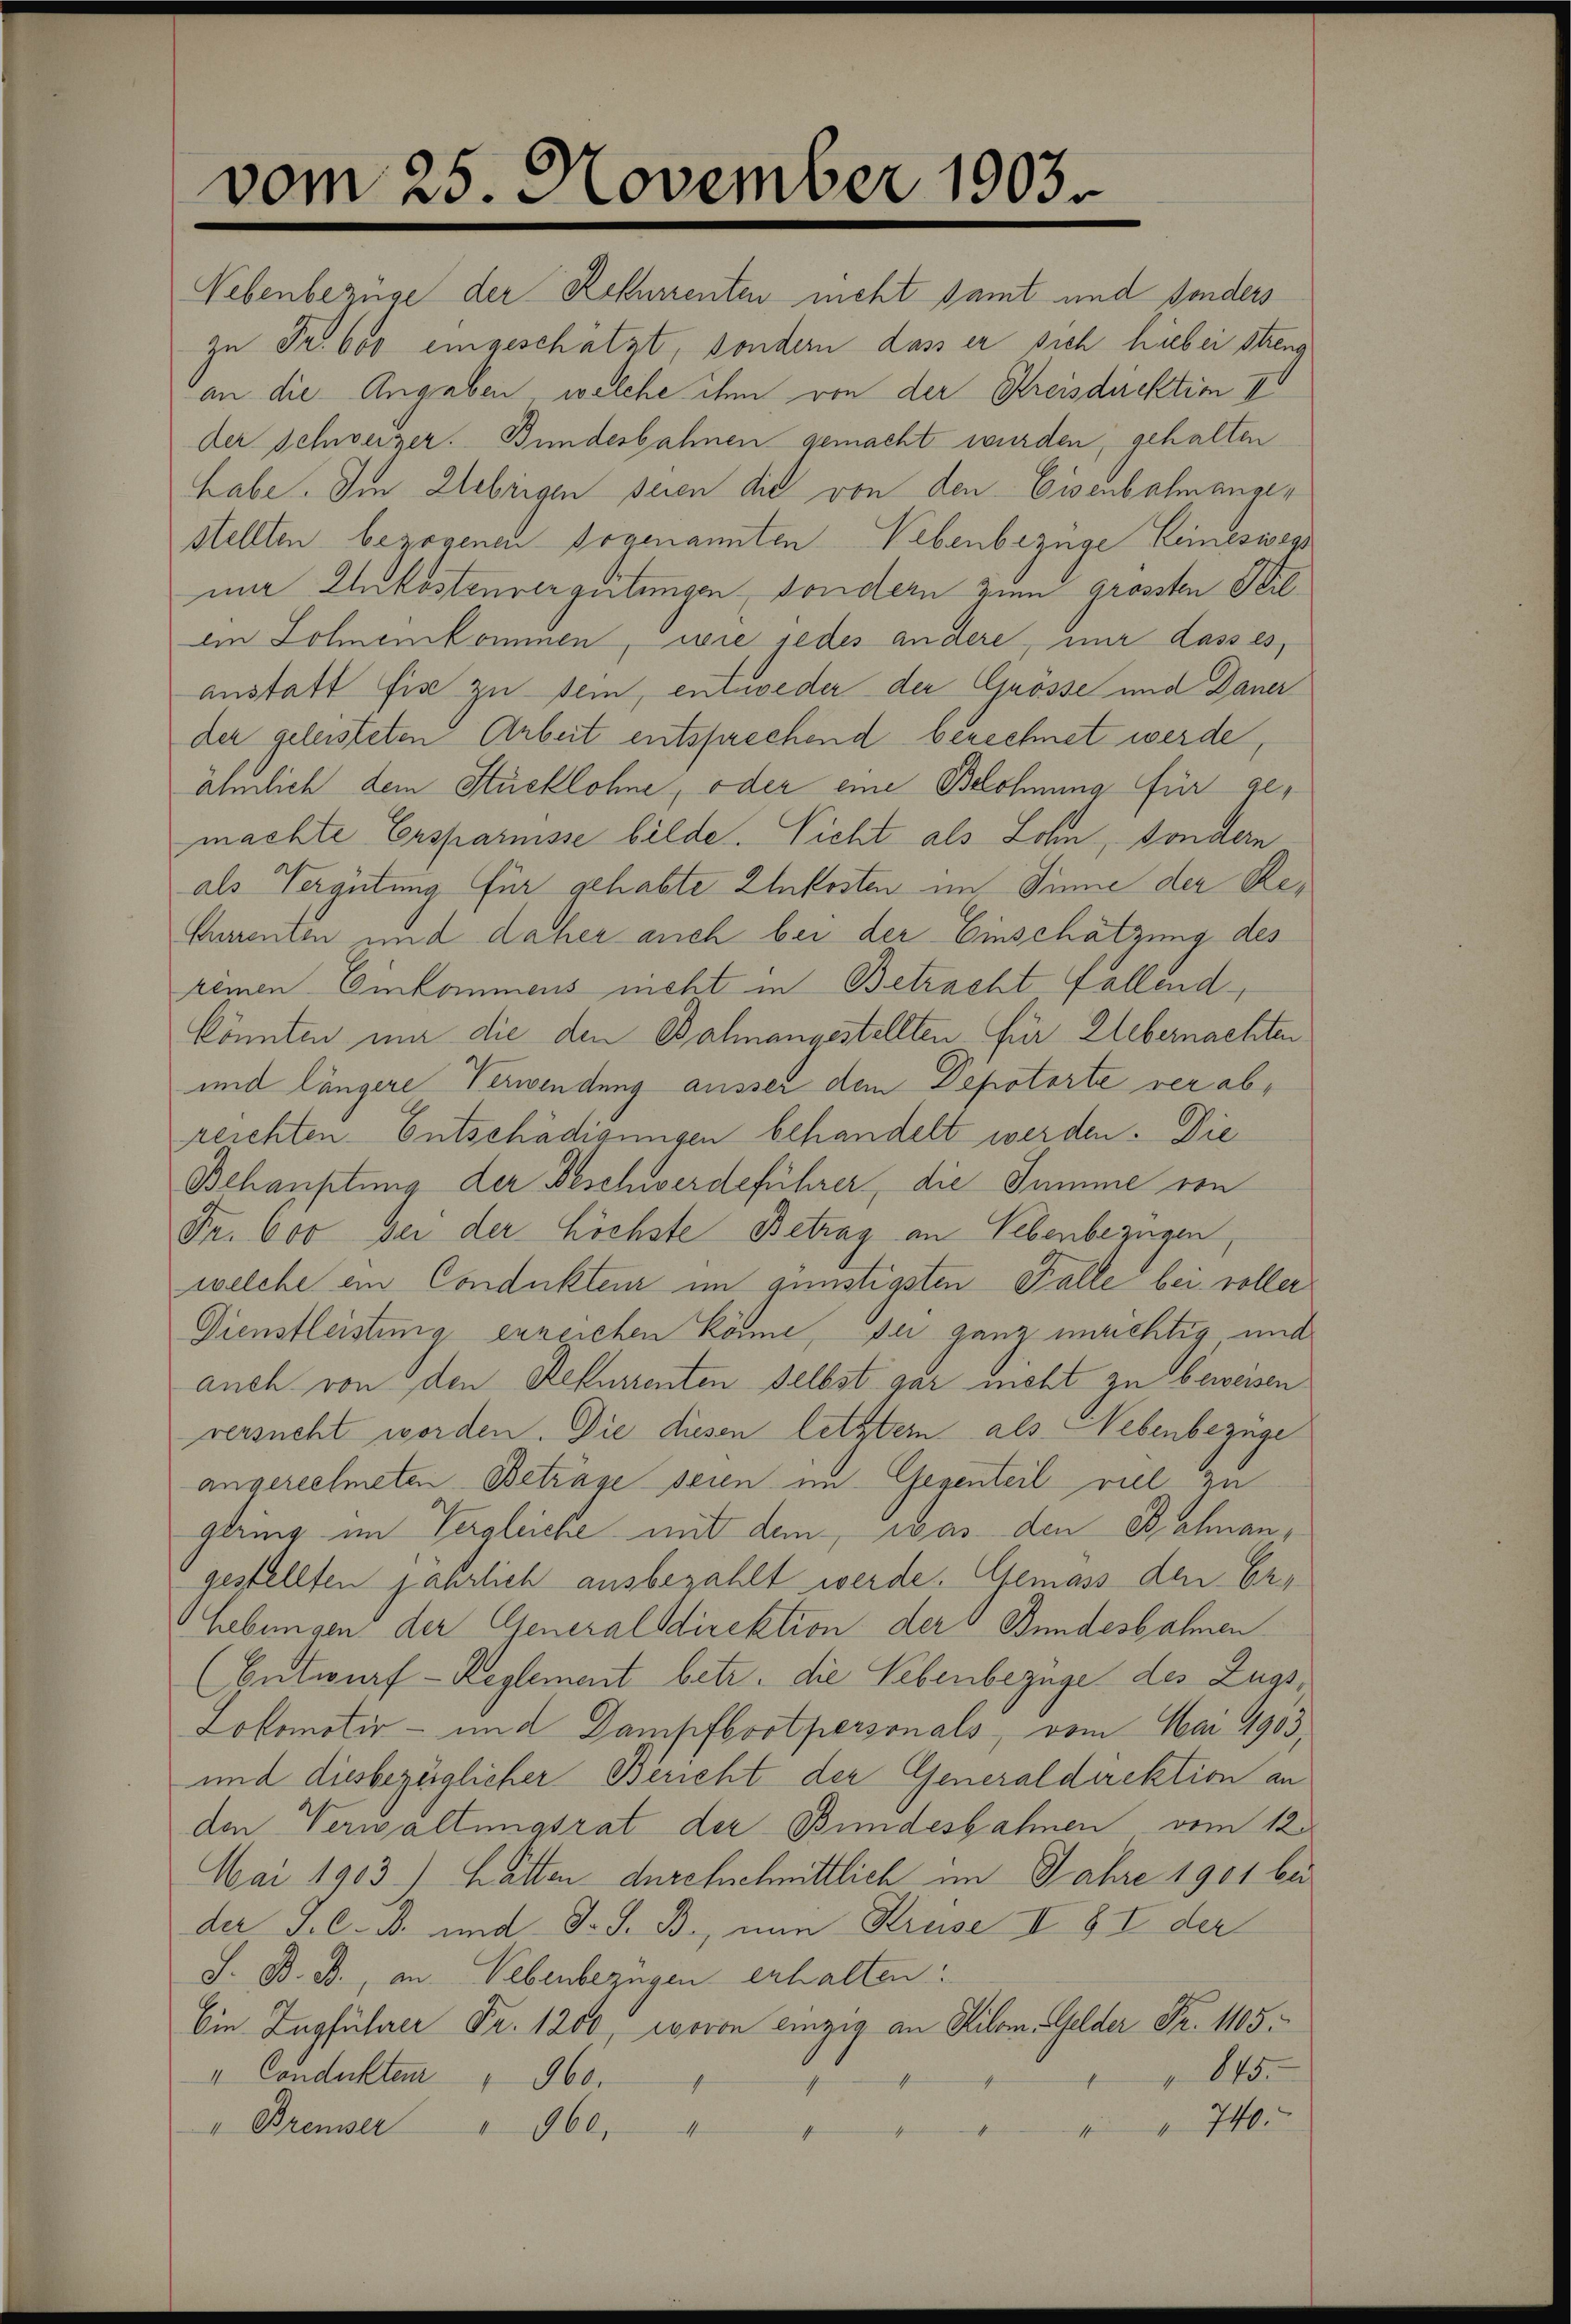
vom 25. November 1903.

Nebenbezüge der Rekurrenten nicht samt und sonders
zu Fr. 600 eingeschätzt, sondern dass er sich hiebei streng
an die Angaben, welche ihm von der Kreisdirektion p
Der Schweizer. Bunderbahnen gemacht wurden, gehalten
habe. Im Uebrigen seien die von den Eisenbahnangestellten bezogenen sogenannten Nebenbezüge Leineswegs
mir Unkostenvergütungen, sondern zum grössten Stilan Sohnenkommen, wie jedes andere, nur dasses,
anstatt fise zu sein, entweder der Grösse und Dauer
der geleisteten Arbeit entsprechend berechnet werde
ähmlich dem Stucklohne, oder eine Belohnung für gemachte Ersparnisse bilde. Vicht als Lohn, sondern
als Vergütung für gehabte Zukosten im Sinne der Re¬
Ehmenten und daher auch bei der Einschätzung des
remen Einkommens nicht in Betracht fallend
könnten mir die den Balmangestellten. Für Lebernachten
und längere Verwendung ausser dem Depotorte verabreichten Entschädigungen behandelt werden. Die
Behauptung der Beschwerdeführer, die Summe von
Fr. 600 sei der höchste Betrag an Lebenbezügen,
welche ein Condukteur im günstigsten Falle bei voller
Dienstleistung erzeichen könne, sei ganz unrichtig und
auch von den Rekurrenten selbst gar nicht zu beweisen
versucht worden. Die diesen letztem als Nebenbezüge
angerechneten Beträge seien im Gegenteil viel zu
gling im Vergleiche mit dem was den Bahnangestellten jährlich ausbezahlt werde. Gemäss den Er¬
Hebungen der Generaldirektion der Bundesbahnen
(Entwurf-Reglement betr. die Lebenbezüge des Zugs,
h
Lokomotir- und Dampfbortpersonals, vom Mai 1903
und diesbezüglicher Bericht der Generaldirektion an
den Verwaltungsrat der Bundesbahnen vom 12.
Mai 1903) hatten durchschnittlich im Jahre 1901 bei
der J. C. B. und S. S. B., nun Kreise II § I der
J. B. B., an. Nebenbezügen erhalten:
Ein Zugführer Fr. 1200, wovon einzig an Kilom Gelder Fr. 1105.
845.
I Condukten " 960.
740.
" Breiser " 960. 4